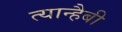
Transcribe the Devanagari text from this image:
त्यान्हैबी